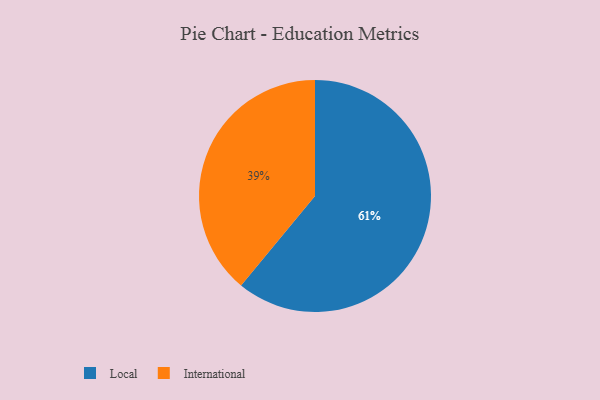
{"axis": {"x": "Category", "y": "Percentage"}, "legend": ["International", "Local"], "data": [{"x": "Local", "y": 61, "type": "Local"}, {"x": "International", "y": 39, "type": "International"}]}